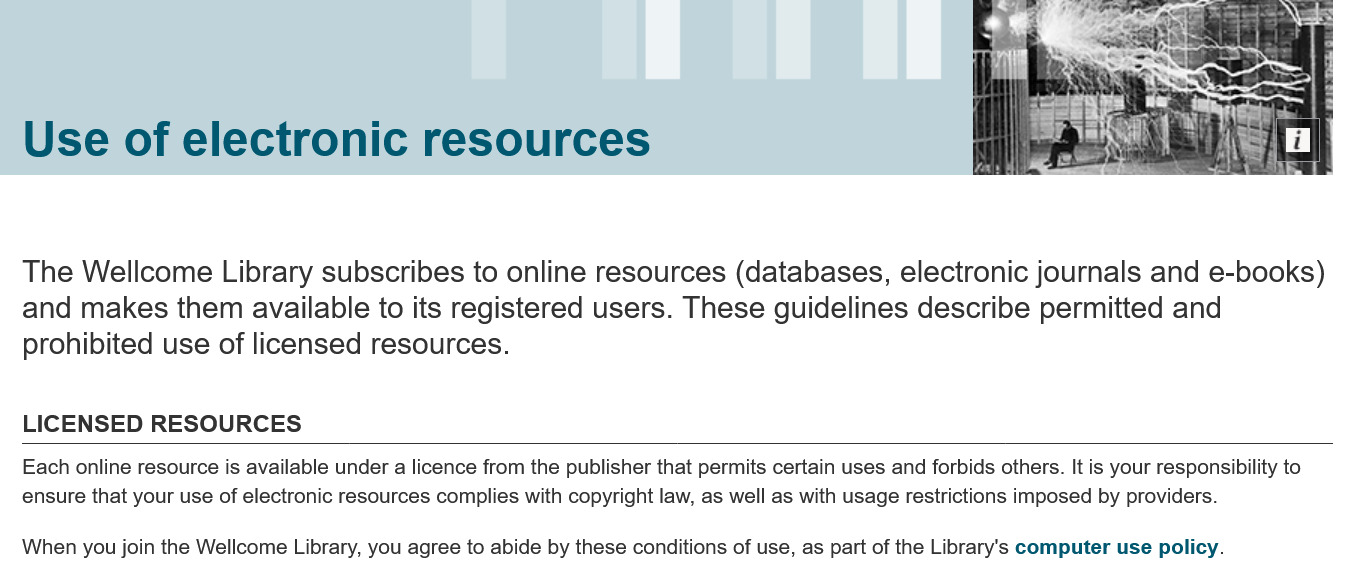
Use    of    electronic    resources
   The  Wellcome    Library  subscribes    to  online  resources    (databases,    electronic    journals   and  e-books)
   and  makes    them   available   to  its registered   users.  These    guidelines    describe   permitted    and
   prohibited   use  of  licensed   resources.
   LICENSED    RESOURCES
   Each online resource is available under a licence from the publisher that permits certain uses and forbids others. It is your responsibility to
   ensure that your use of electronic resources complies with copyright law, as well as with usage restrictions imposed by providers.
   When you join the Wellcome Library, you agree to abide by these conditions of use, as part of the Library's computer use policy.